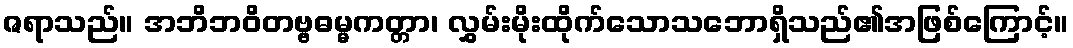
ဇရာသည်။ အဘိဘဝိတဗ္ဗဓမ္မကတ္တာ၊ လွှမ်းမိုးထိုက်သောသဘောရှိသည်၏အဖြစ်ကြောင့်။